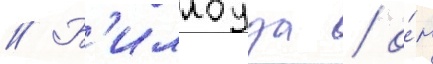
// Б'иллоуза / о́н